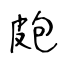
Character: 皰